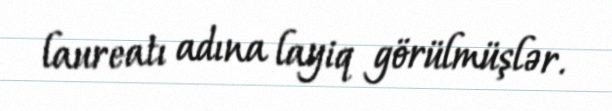
laureatı adına layiq görülmüşlər.